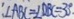
: \angle A B C = \angle D B C = 3 0 ^ { \circ } .